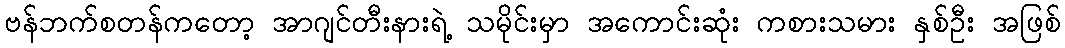
ဗန်ဘက်စတန်ကတော့ အာဂျင်တီးနားရဲ့ သမိုင်းမှာ အကောင်းဆုံး ကစားသမား နှစ်ဦး အဖြစ်